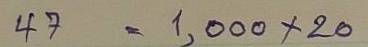
47 = 1,000x20